Leningradi_Edasi_toimetus, lk 58
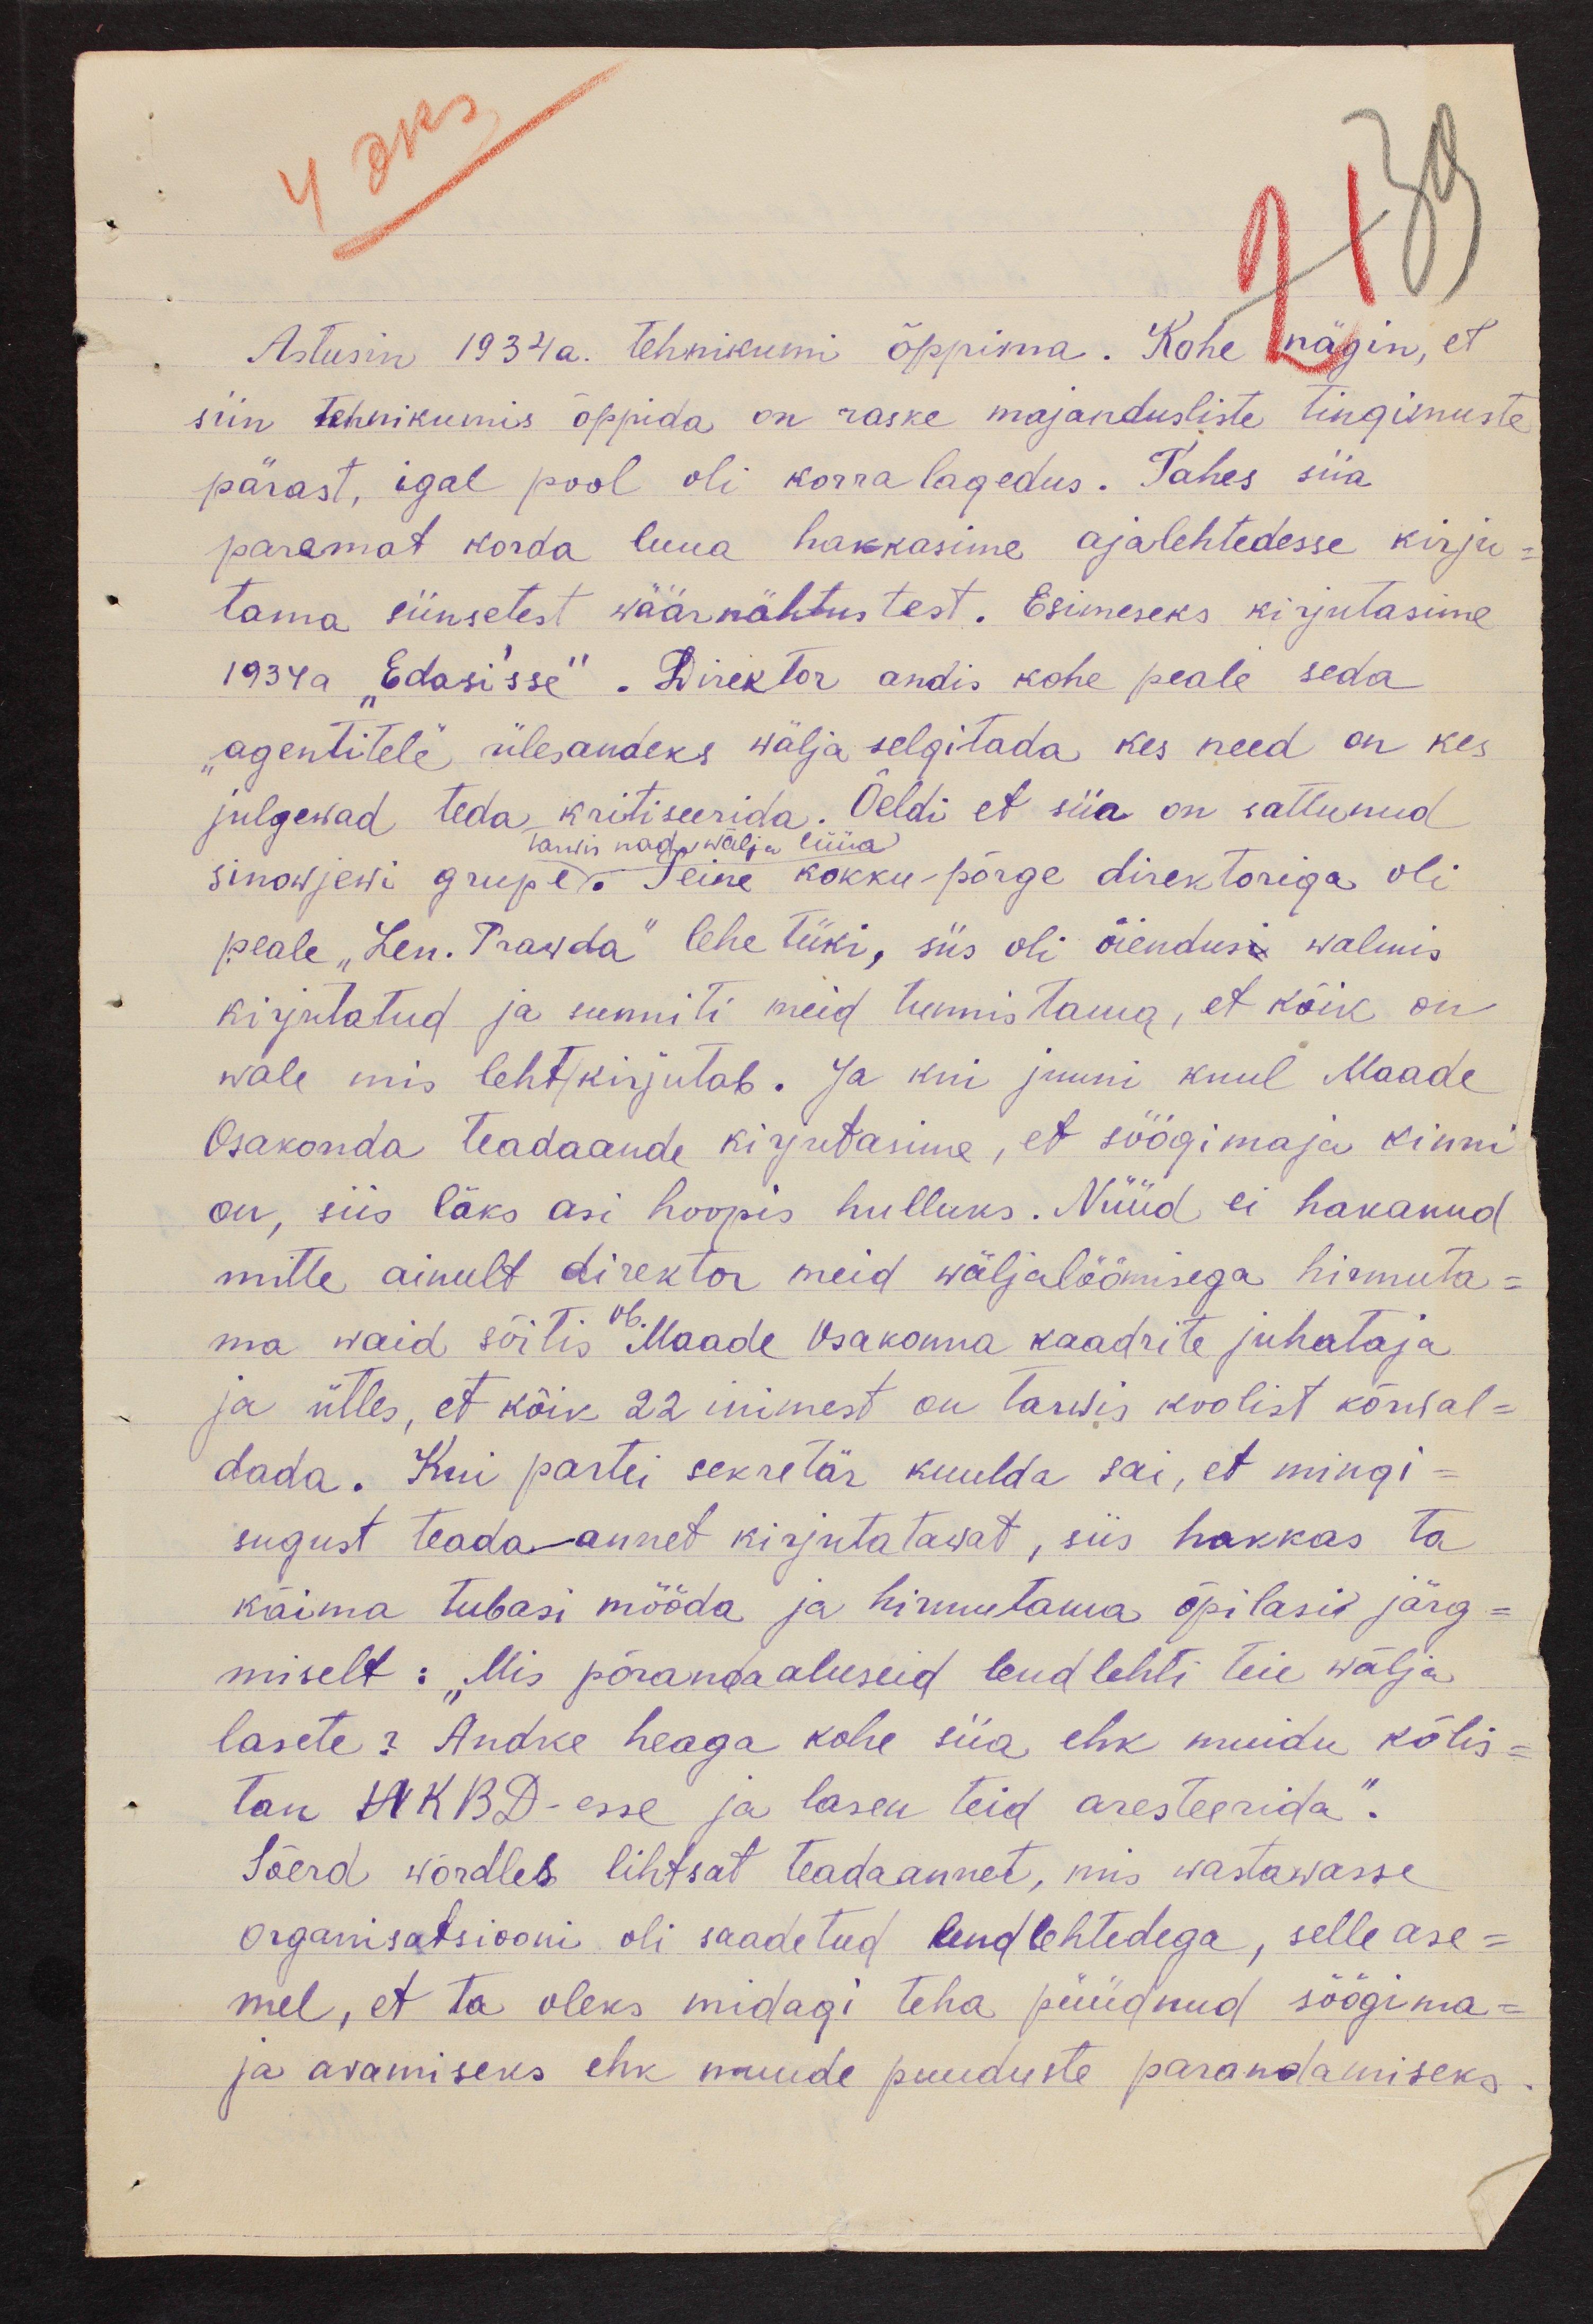
Astusin 1934a. tehnikumi õppima. Kohe nägin, et
siin tehnikumis õppida on raske majandusliste tingimuste
pärast, igal pool oli korralagedus. Tahes siia
paremat korda luua hakkasime ajalehtedesse kirju
tama siinsetest wäärnähtustest. Esimeseks kirjutasime
1934a Edasi'sse". Direktor andis kohe peale seda
"agentitele" ülesandeks wälja selgitada kes need on kes
julgewad teda kritiseerida. Öeldi et siia on sattunud
Tarwis nad wälja lüüa
Sinowjewi grupe. Teine kokku-põrge direktoriga oli
peale "Len. Prawda" lehe tüki, siis oli õiendusi walmis
kirjutatud ja sunniti meid tunnistama, et kõik on
wale mis leht kirjutab. Ja kui juuni kuul Maade
Osakonda teadaande kirjutasime, et söögimaja kinni
on, siis läks asi hoopis hulluks. Nüüd ei hakanud
mitte ainult direktor meid wäljalöömisega hirmuta-
ma waid sõitis ob. Maade Osakonna kaadrite juhataja
ja ütles, et kõik 22 inimest on tarwis koolist kõrwal-
dada. Kui partei sekretär kuulda sai, et mingi-
sugust teadaannet kirjutatawat, siis hakkas ta
käima tubasi mööda ja hirmutama õpilasi järg-
miselt: "Mis põrandaaluseid lendlehti teie wälja
lasete? Andke heaga kohe siia ehk muidu kõlis-
tan NKBD-esse ja lasen teid aresteerida".
Sõerd wõrdles lihtsat teadaannet, mis wastawasse
organisatsiooni oli saadetud lendlehtedega, selle ase-
mel, et ta oleks midagi teha püüdnud söögima-
ja avamiseks ehk muude puuduste parandamiseks.